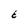
Character: E